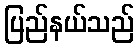
ပြည်နယ်သည်